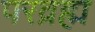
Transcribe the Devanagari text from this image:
परव्रह्म